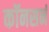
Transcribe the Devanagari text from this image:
कॉनसर्न